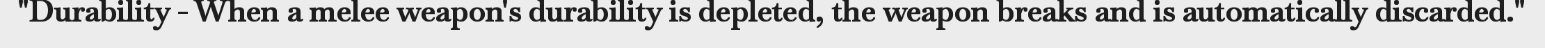
"Durability - When a melee weapon's durability is depleted, the weapon breaks and is automatically discarded."